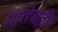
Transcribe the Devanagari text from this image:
मातेचही